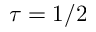
\tau = 1 / 2